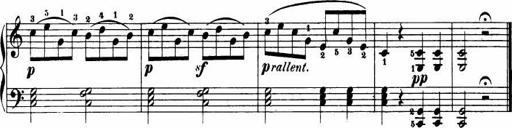
Title: Le bouquetier
Composer: Anton Diabelli
Key: G major
 C major
 F major
 C major